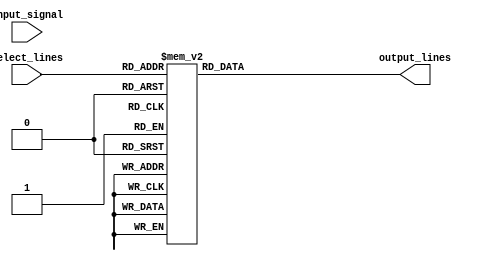
module demux_1to8 (
    input wire input_signal,
    input wire [2:0] select_lines,
    output reg [7:0] output_lines
);

always @(*)
begin
    case(select_lines)
        3'b000: output_lines = 8'b00000001;
        3'b001: output_lines = 8'b00000010;
        3'b010: output_lines = 8'b00000100;
        3'b011: output_lines = 8'b00001000;
        3'b100: output_lines = 8'b00010000;
        3'b101: output_lines = 8'b00100000;
        3'b110: output_lines = 8'b01000000;
        3'b111: output_lines = 8'b10000000;
    endcase
end

endmodule